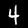
Digit: 4